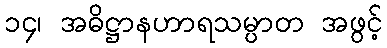
၁၄၊ အဓိဋ္ဌာနဟာရသမ္ပာတ အဖွင့်